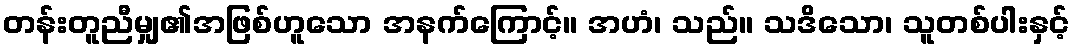
တန်းတူညီမျှ၏အဖြစ်ဟူသော အနက်ကြောင့်။ အဟံ၊ သည်။ သဒိသော၊ သူတစ်ပါးနှင့်